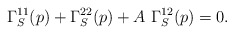
\begin{align*}\Gamma_S^{11}(p)+\Gamma_S^{22}(p)+A \ \Gamma_S^{12}(p)=0.\end{align*}